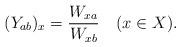
LaTeX: \begin{align*}(Y_{ab})_x=\frac{W_{xa}}{W_{xb}}\quad(x\in X).\end{align*}